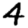
Digit: 4